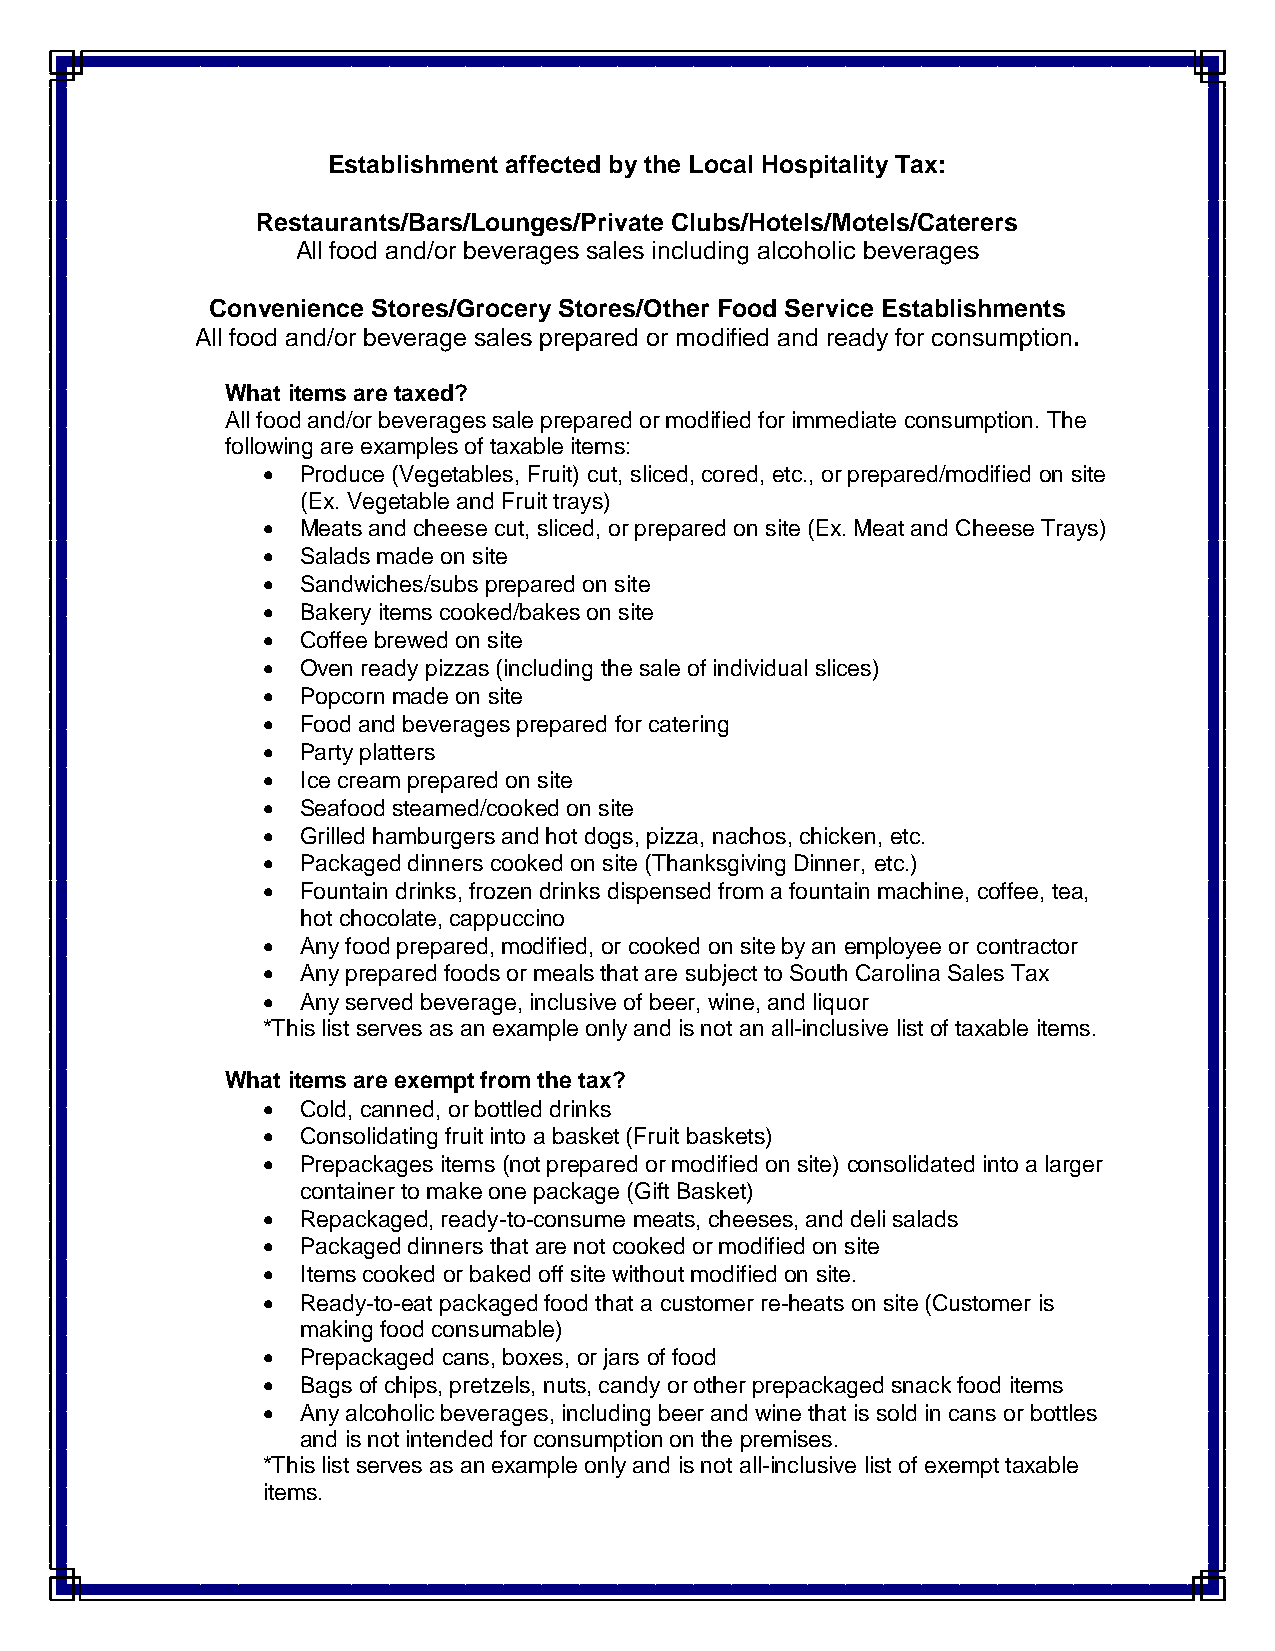
Establishment affected by the Local Hospitality Tax:
 Restaurants/Bars/Lounges/Private Clubs/Hotels/Motels/Caterers
 All food and/or beverages sales including alcoholic beverages
 Convenience Stores/Grocery Stores/Other Food Service Establishments
 All food and/or beverage sales prepared or modified and ready for consumption.
 What items are taxed?
 All food and/or beverages sale prepared or modified for immediate consumption. The
 following are examples of taxable items:
   Produce (Vegetables, Fruit) cut, sliced, cored, etc., or prepared/modified on site
 (Ex. Vegetable and Fruit trays)
   Meats and cheese cut, sliced, or prepared on site (Ex. Meat and Cheese Trays)
   Salads made on site
   Sandwiches/subs prepared on site
   Bakery items cooked/bakes on site
   Coffee brewed on site
   Oven ready pizzas (including the sale of individual slices)
   Popcorn made on site
   Food and beverages prepared for catering
   Party platters
   Ice cream prepared on site
   Seafood steamed/cooked on site
   Grilled hamburgers and hot dogs, pizza, nachos, chicken, etc.
   Packaged dinners cooked on site (Thanksgiving Dinner, etc.)
   Fountain drinks, frozen drinks dispensed from a fountain machine, coffee, tea,
 hot chocolate, cappuccino
   Any food prepared, modified, or cooked on site by an employee or contractor
   Any prepared foods or meals that are subject to South Carolina Sales Tax
   Any served beverage, inclusive of beer, wine, and liquor
 *This list serves as an example only and is not an all-inclusive list of taxable items.
 What items are exempt from the tax?
   Cold, canned, or bottled drinks
   Consolidating fruit into a basket (Fruit baskets)
   Prepackages items (not prepared or modified on site) consolidated into a larger
 container to make one package (Gift Basket)
   Repackaged, ready-to-consume meats, cheeses, and deli salads
   Packaged dinners that are not cooked or modified on site
   Items cooked or baked off site without modified on site.
   Ready-to-eat packaged food that a customer re-heats on site (Customer is
 making food consumable)
   Prepackaged cans, boxes, or jars of food
   Bags of chips, pretzels, nuts, candy or other prepackaged snack food items
   Any alcoholic beverages, including beer and wine that is sold in cans or bottles
 and is not intended for consumption on the premises.
 *This list serves as an example only and is not all-inclusive list of exempt taxable
 items.